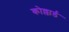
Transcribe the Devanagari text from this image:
कोल्लार्ड